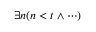
\exists n ( n < t \land \cdots )